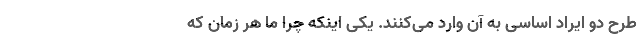
طرح دو ایراد اساسی به آن وارد می‌کنند. یکی اینکه چرا ما هر زمان که